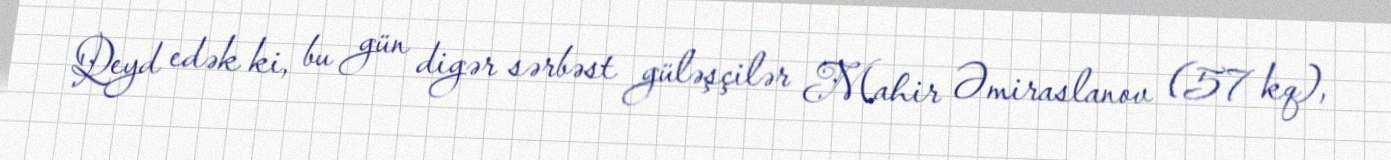
Qeyd edək ki, bu gün digər sərbəst güləşçilər Mahir Əmiraslanov (57 kq),